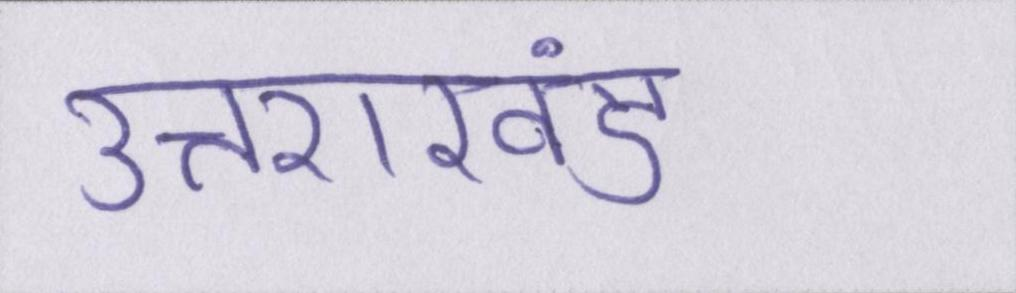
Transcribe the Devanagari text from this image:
उत्तराखंड